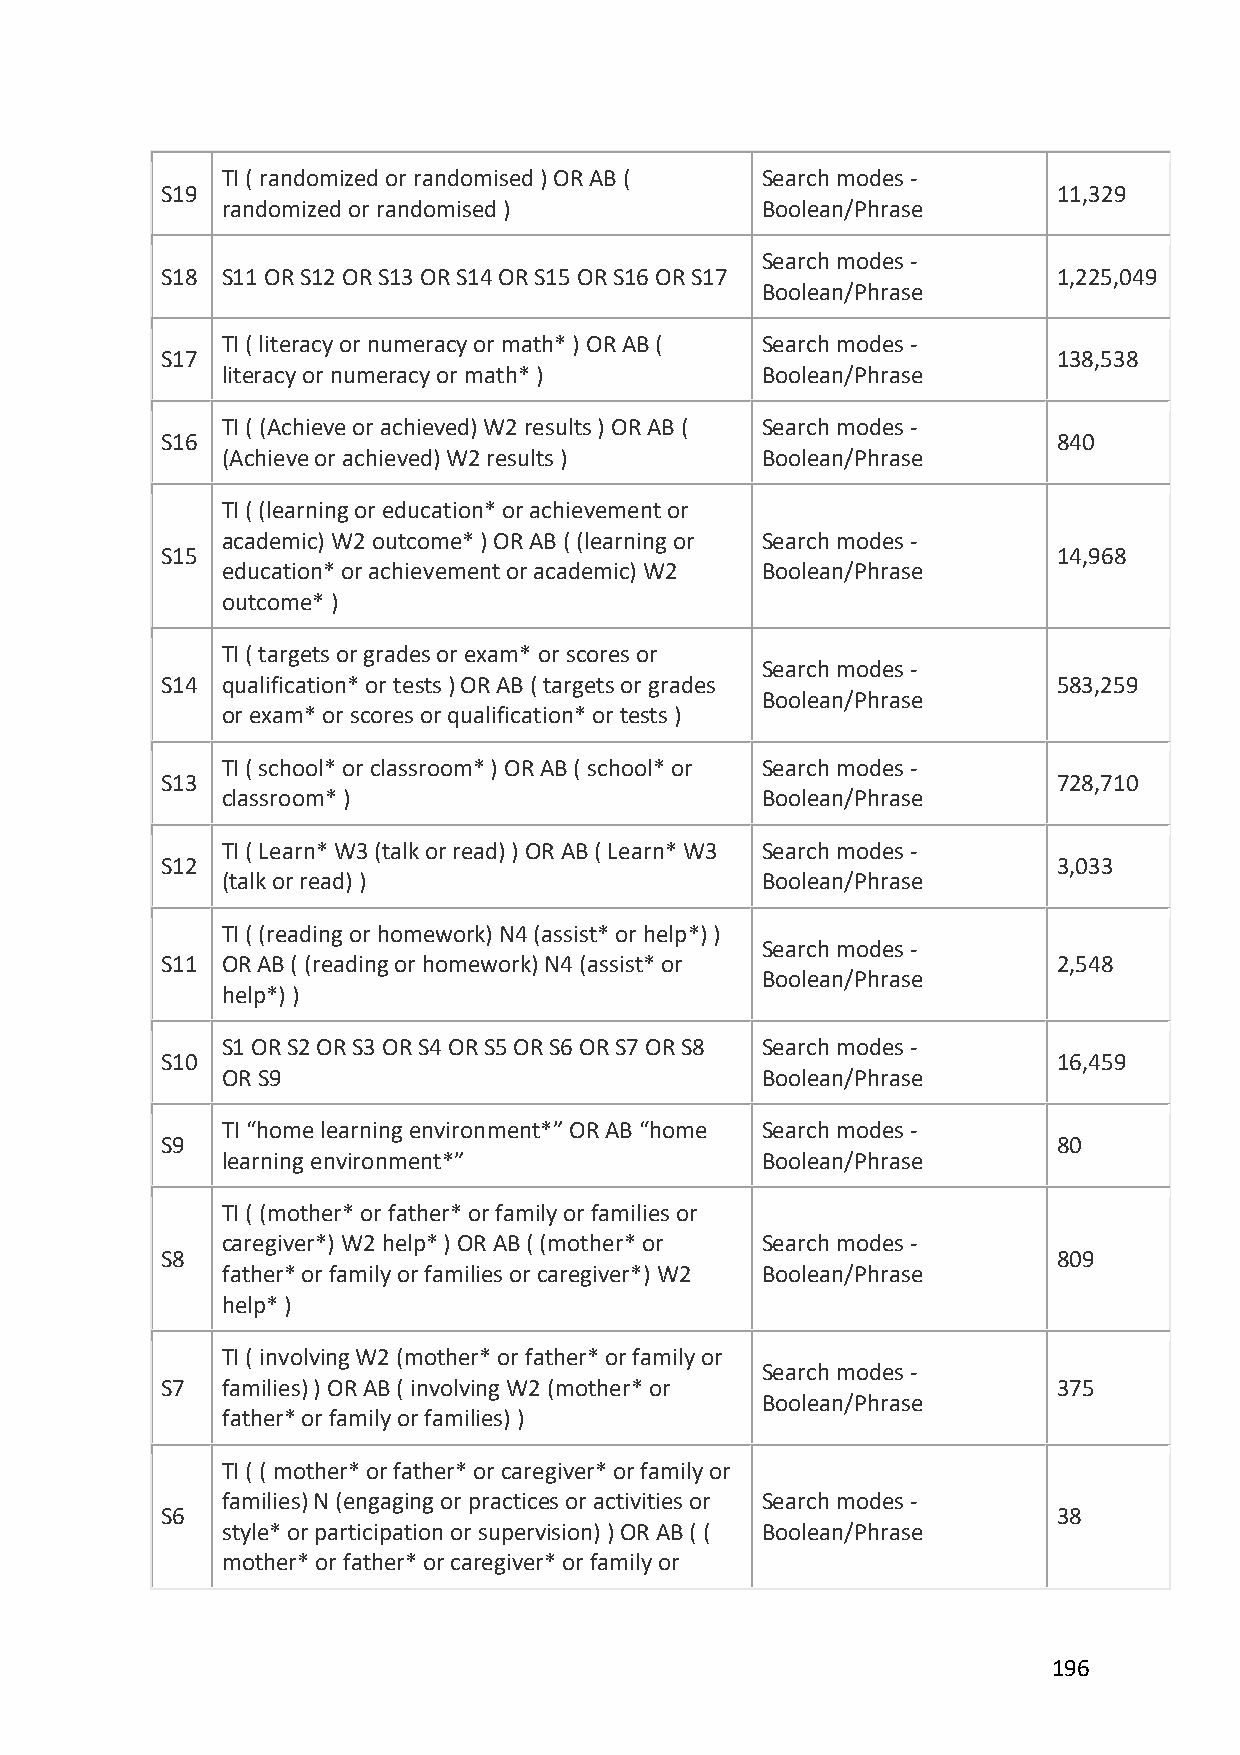
TI ( randomized or randomised ) OR AB ( Search modes -
 S19                                                        11,329
 randomized or randomised )         Boolean/Phrase
 Search modes -
 S18 S11 OR S12 OR S13 OR S14 OR S15 OR S16 OR S17          1,225,049
 Boolean/Phrase
 TI ( literacy or numeracy or math* ) OR AB ( Search modes -
 S17                                                        138,538
 literacy or numeracy or math* )    Boolean/Phrase
 TI ( (Achieve or achieved) W2 results ) OR AB ( Search modes -
 S16                                                        840
 (Achieve or achieved) W2 results ) Boolean/Phrase
 TI ( (learning or education* or achievement or
 academic) W2 outcome* ) OR AB ( (learning or Search modes -
 S15                                                        14,968
 education* or achievement or academic) W2 Boolean/Phrase
 outcome* )
 TI ( targets or grades or exam* or scores or
 Search modes -
 S14 qualification* or tests ) OR AB ( targets or grades    583,259
 Boolean/Phrase
 or exam* or scores or qualification* or tests )
 TI ( school* or classroom* ) OR AB ( school* or Search modes -
 S13                                                        728,710
 classroom* )                       Boolean/Phrase
 TI ( Learn* W3 (talk or read) ) OR AB ( Learn* W3 Search modes -
 S12                                                        3,033
 (talk or read) )                   Boolean/Phrase
 TI ( (reading or homework) N4 (assist* or help*) )
 Search modes -
 S11 OR AB ( (reading or homework) N4 (assist* or           2,548
 Boolean/Phrase
 help*) )
 S1 OR S2 OR S3 OR S4 OR S5 OR S6 OR S7 OR S8 Search modes -
 S10                                                        16,459
 OR S9                              Boolean/Phrase
 TI “home learning environment*” OR AB “home Search modes -
 S9                                                         80
 learning environment*”             Boolean/Phrase
 TI ( (mother* or father* or family or families or
 caregiver*) W2 help* ) OR AB ( (mother* or Search modes -
 S8                                                         809
 father* or family or families or caregiver*) W2 Boolean/Phrase
 help* )
 TI ( involving W2 (mother* or father* or family or
 Search modes -
 S7  families) ) OR AB ( involving W2 (mother* or           375
 Boolean/Phrase
 father* or family or families) )
 TI ( ( mother* or father* or caregiver* or family or
 families) N (engaging or practices or activities or Search modes -
 S6                                                         38
 style* or participation or supervision) ) OR AB ( ( Boolean/Phrase
 mother* or father* or caregiver* or family or
 196